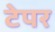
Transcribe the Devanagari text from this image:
टेपर